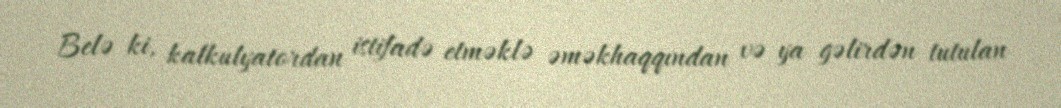
Belə ki, kalkulyatordan istifadə etməklə əməkhaqqından və ya gəlirdən tutulan